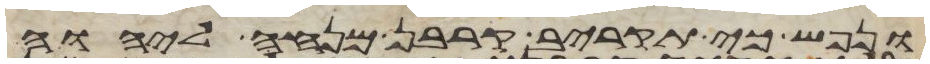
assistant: ונפש כי תקריב קרבן מנחה ליהוה